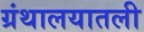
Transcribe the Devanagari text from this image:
ग्रंथालयातली